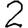
Digit: 2